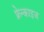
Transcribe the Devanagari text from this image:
फ्रेन्‍काइज